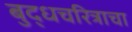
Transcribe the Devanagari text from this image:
बुद्धचरित्राचा